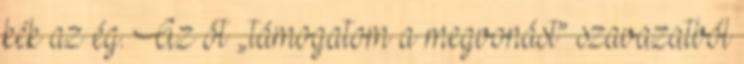
kék az ég. Az öt „támogatom a megvonást” szavazatból